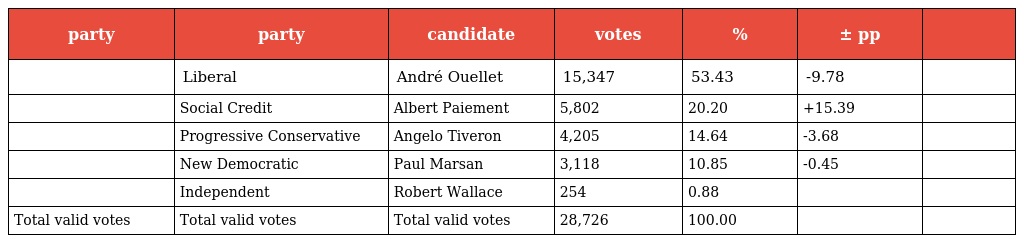
| party | party | candidate | votes | % | ± pp |  |
 | --- | --- | --- | --- | --- | --- | --- |
 |  | Liberal | André Ouellet | 15,347 | 53.43 | -9.78 |  |
 |  | Social Credit | Albert Paiement | 5,802 | 20.20 | +15.39 |  |
 |  | Progressive Conservative | Angelo Tiveron | 4,205 | 14.64 | -3.68 |  |
 |  | New Democratic | Paul Marsan | 3,118 | 10.85 | -0.45 |  |
 |  | Independent | Robert Wallace | 254 | 0.88 |  |  |
 | Total valid votes | Total valid votes | Total valid votes | 28,726 | 100.00 |  |  |